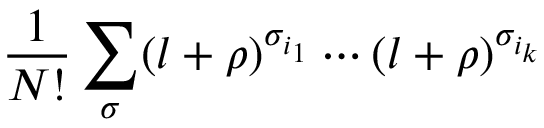
\frac { 1 } { N ! } \sum _ { \sigma } ( l + \rho ) ^ { \sigma _ { i _ { 1 } } } \cdots ( l + \rho ) ^ { \sigma _ { i _ { k } } }